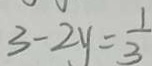
3 - 2 y = \frac { 1 } { 3 }